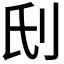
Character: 𠛊